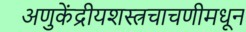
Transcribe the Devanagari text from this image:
अणुकेंद्रीयशस्‍त्रचाचणीमधून